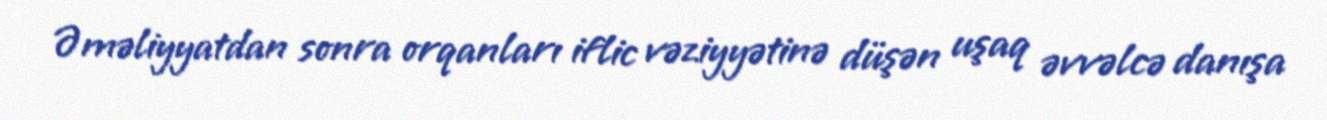
Əməliyyatdan sonra orqanları iflic vəziyyətinə düşən uşaq əvvəlcə danışa